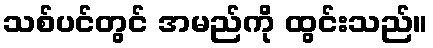
သစ်ပင်တွင် အမည်ကို ထွင်းသည်။